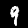
Label: 9